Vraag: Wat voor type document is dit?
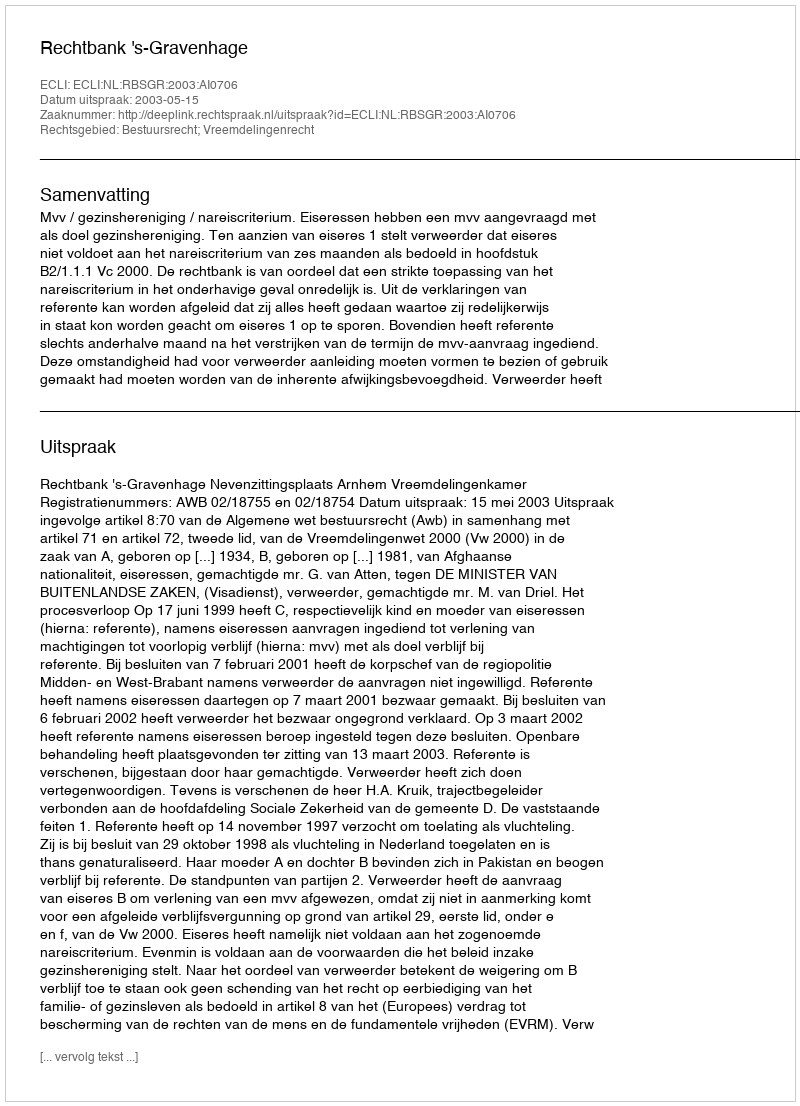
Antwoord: Uitspraak